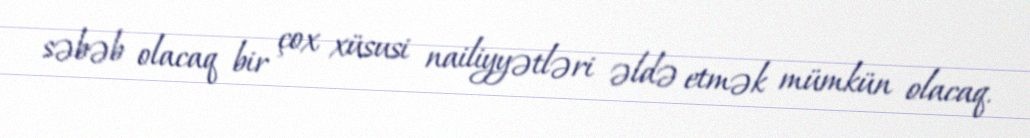
səbəb olacaq bir çox xüsusi nailiyyətləri əldə etmək mümkün olacaq.